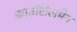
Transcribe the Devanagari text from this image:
काउंसिलमैन